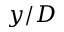
y / D